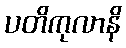
ပတိကုလာနိ